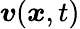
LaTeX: \boldsymbol{v}(\boldsymbol{x},t)